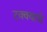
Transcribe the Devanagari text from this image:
टक्क्याचे